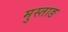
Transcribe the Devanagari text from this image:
मुस्ताङ